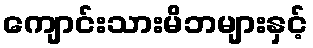
ကျောင်းသားမိဘများနှင့်